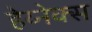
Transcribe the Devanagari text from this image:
हेय्नेक्स